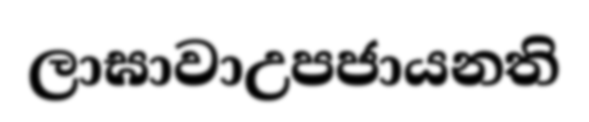
ලාඝාවාඋපජායනති